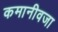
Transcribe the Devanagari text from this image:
कमानीवजा